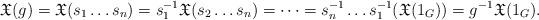
LaTeX: \begin{align*}\mathfrak{X}(g) = \mathfrak{X}(s_1 \dots s_n) = s_1^{-1} \mathfrak{X}(s_2 \dots s_n) = \dots = s_n^{-1} \dots s_1^{-1} (\mathfrak{X}(1_G)) = g^{-1} \mathfrak{X}(1_G). \end{align*}